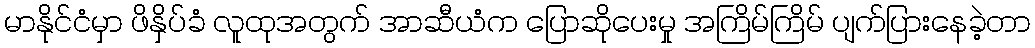
မာနိုင်ငံမှာ ဖိနှိပ်ခံ လူထုအတွက် အာဆီယံက ပြောဆိုပေးမှု အကြိမ်ကြိမ် ပျက်ပြားနေခဲ့တာ